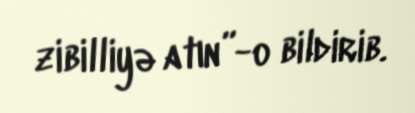
zibilliyə atın”-o bildirib.